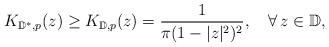
LaTeX: \begin{align*}K_{\mathbb{D}^\ast,p}(z)\geq{K_{\mathbb{D},p}(z)}=\frac{1}{\pi(1-|z|^2)^2},\ \ \ \forall\, z\in\mathbb{D},\end{align*}